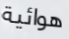
هوائية